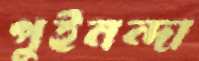
পুইনন্দা